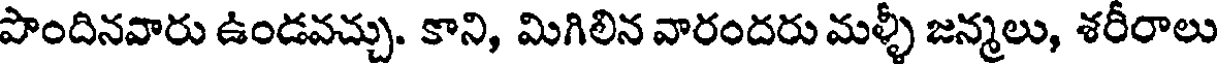
పొందినవారు ఉండవచ్చు. కాని, మిగిలిన వారందరు మళ్ళీ జన్మలు, శరీరాలు